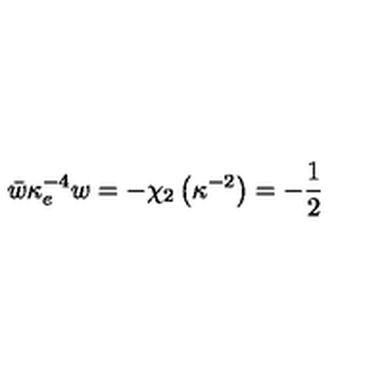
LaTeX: \bar { w } \kappa _ { e } ^ { - 4 } w = - \chi _ { 2 } \left( \kappa ^ { - 2 } \right) = - \frac { 1 } { 2 }